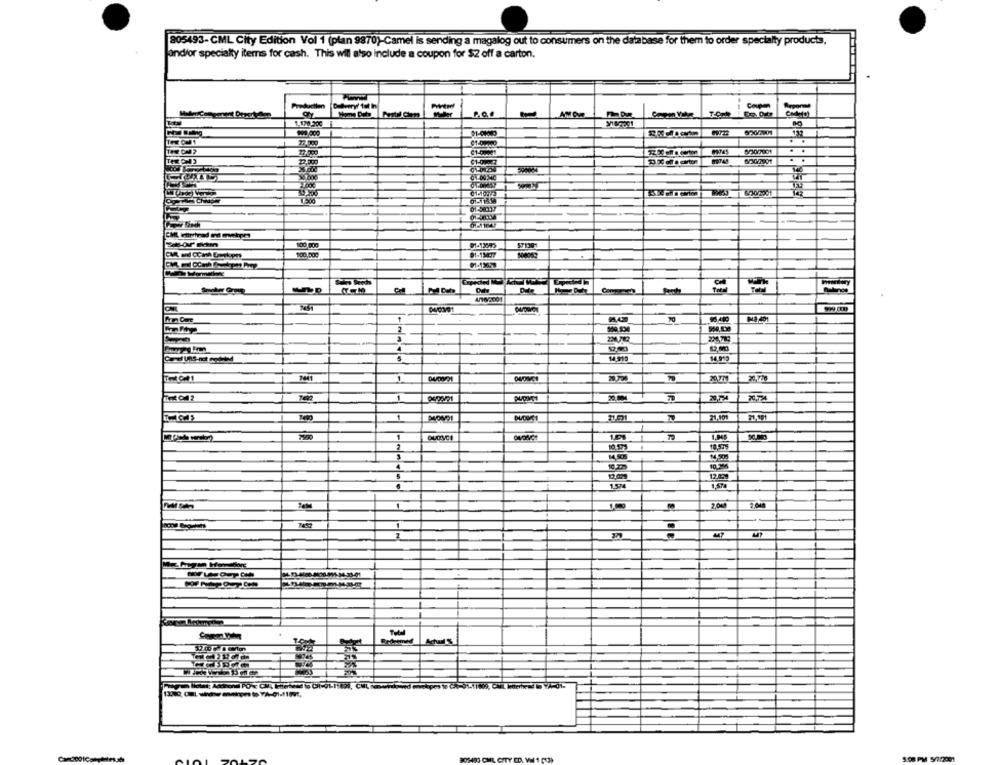
805493-CML City Edition Vol 1 (plan 9870)-Camel is sending a magalog out to consumers on the database for them to order specialty products,
and/or specialty items for cash. This will also include a coupon for $2 off a carton.
Production Dullvery/ fat In
Coupon
OY
,00
AMOR
1.170,200
. .
. .
100 000
571301
100.000
4/10/2001
96.480
MA 401
14.919
14.913
7441
70,774
1
21.101
1
1.01
10.575
3
14.505
14.500
120%
194
2,0
5/712001